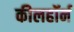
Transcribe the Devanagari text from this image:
कीलहॉर्न